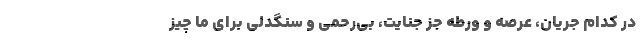
در کدام جریان، عرصه و ورطه جز جنایت، بی‌رحمی و سنگدلی برای ما چیز